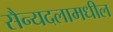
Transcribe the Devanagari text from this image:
सैन्यदलामधील